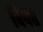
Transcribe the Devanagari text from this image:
बिपत